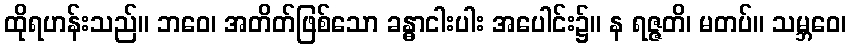
ထိုရဟန်းသည်။ ဘဝေ၊ အတိတ်ဖြစ်သော ခန္ဓာငါးပါး အပေါင်း၌။ န ရဇ္ဇတိ၊ မတပ်။ သမ္ဘဝေ၊